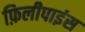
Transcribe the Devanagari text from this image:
फ़िलीपाइंस